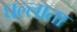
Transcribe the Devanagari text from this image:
घल्लाता